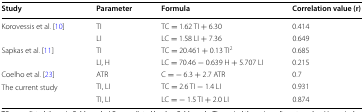
<table><thead><tr><td><b>Study</b></td><td><b>Parameter</b></td><td><b>Formula</b></td><td><b>Correlation value (r)</b></td></tr></thead><tbody><tr><td rowspan="2">Korovessis et al. [10]</td><td>TI</td><td>TC = 1.62 TI + 6.30</td><td>0.414</td></tr><tr><td>LI</td><td>LC = 1.58 LI + 7.36</td><td>0.649</td></tr><tr><td rowspan="2">Sapkas et al. [11]</td><td>TI</td><td>TC = 20.461 + 0.13 TI<sup>2</sup></td><td>0.685</td></tr><tr><td>LI, H</td><td>LC = 70.46 − 0.639 H + 5.707 LI</td><td>0.215</td></tr><tr><td>Coelho et al. [23]</td><td>ATR</td><td>C = − 6.3 + 2.7 ATR</td><td>0.7</td></tr><tr><td rowspan="2">The current study</td><td>TI, LI</td><td>TC = 2.6 TI − 1.4 LI</td><td>0.931</td></tr><tr><td>TI, LI</td><td>LC = − 1.5 TI + 2.0 LI</td><td>0.874</td></tr></tbody></table>